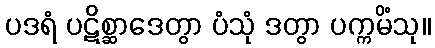
ပဒရံ ပဋိစ္ဆာဒေတွာ ပံသုံ ဒတွာ ပက္ကမိံသု။